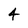
Character: 4